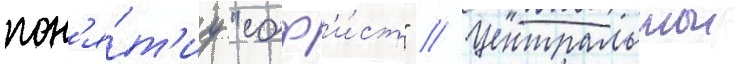
пон'я́т'иу "соф'и́ст" // Центральнои